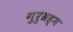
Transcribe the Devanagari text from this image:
गुरुब्रह्म